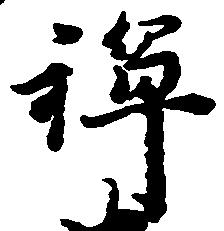
禅